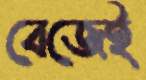
বেজেই